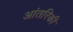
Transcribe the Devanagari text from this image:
आंतरिकी